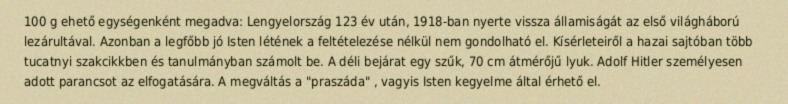
100 g ehető egységenként megadva: Lengyelország 123 év után, 1918-ban nyerte vissza államiságát az első világháború lezárultával. Azonban a legfőbb jó Isten létének a feltételezése nélkül nem gondolható el. Kísérleteiről a hazai sajtóban több tucatnyi szakcikkben és tanulmányban számolt be. A déli bejárat egy szűk, 70 cm átmérőjű lyuk. Adolf Hitler személyesen adott parancsot az elfogatására. A megváltás a "praszáda" , vagyis Isten kegyelme által érhető el.